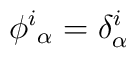
\phi^i{}_\alpha=\delta^i_\alpha